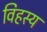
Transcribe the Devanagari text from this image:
विहस्य